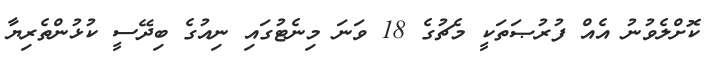
ކޮށްލެވުނު އެއް ފުރުޞަތަކީ މެޗުގެ 18 ވަނަ މިނެޓުގައި ނިއުގެ ބިދޭސީ ކުޅުންތެރިޔާ